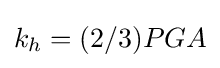
{\textstyle k_{h}=(2/3)PGA}